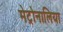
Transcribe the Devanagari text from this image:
मेट्रोनालिया